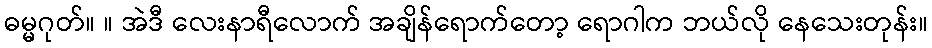
ဓမ္မဂုတ်။ ။ အဲဒီ လေးနာရီလောက် အချိန်ရောက်တော့ ရောဂါက ဘယ်လို နေသေးတုန်း။